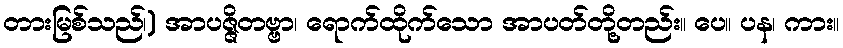
တားမြစ်သည်၊) အာပဇ္ဇိတဗ္ဗာ၊ ရောက်ထိုက်သော အာပတ်တို့တည်း။ ပေ။ ပန၊ ကား။